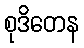
စုဒိတေန